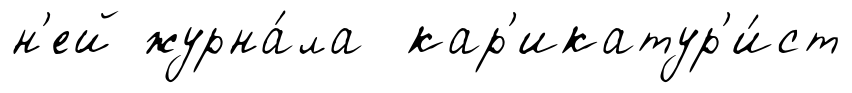
н'ей журна́ла кар'икатур'и́ст